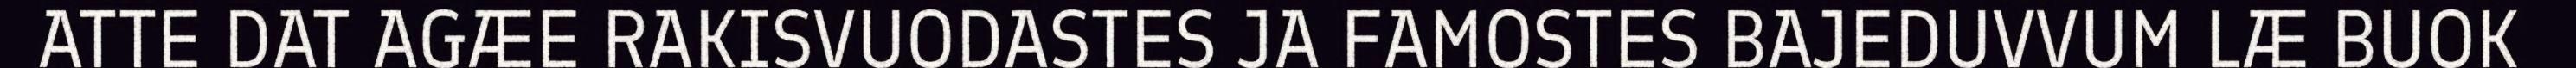
ATTE DAT AGÆE RAKISVUODASTES JA FAMOSTES BAJEDUVVUM LÆ BUOK